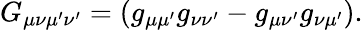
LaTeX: G_{\mu\nu\mu^{\prime}\nu^{\prime}}=(g_{\mu\mu^{\prime}}g_{\nu\nu^{\prime}}-g_{\mu\nu^{\prime}}g_{\nu\mu^{\prime}}).